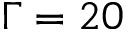
\Gamma = 2 0